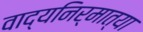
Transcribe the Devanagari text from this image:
वाद्यनिर्मात्या